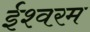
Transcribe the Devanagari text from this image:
ईश्वरम